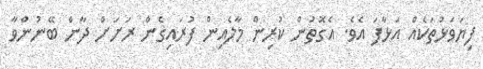
ފިޔަވަޅުތަކެއް އަޅާފަ އެވެ. އެގޮތުން ކުރިން މާލެއިން ފުރައިގެން ރަށަށް ދާން ބޭނުންވާ